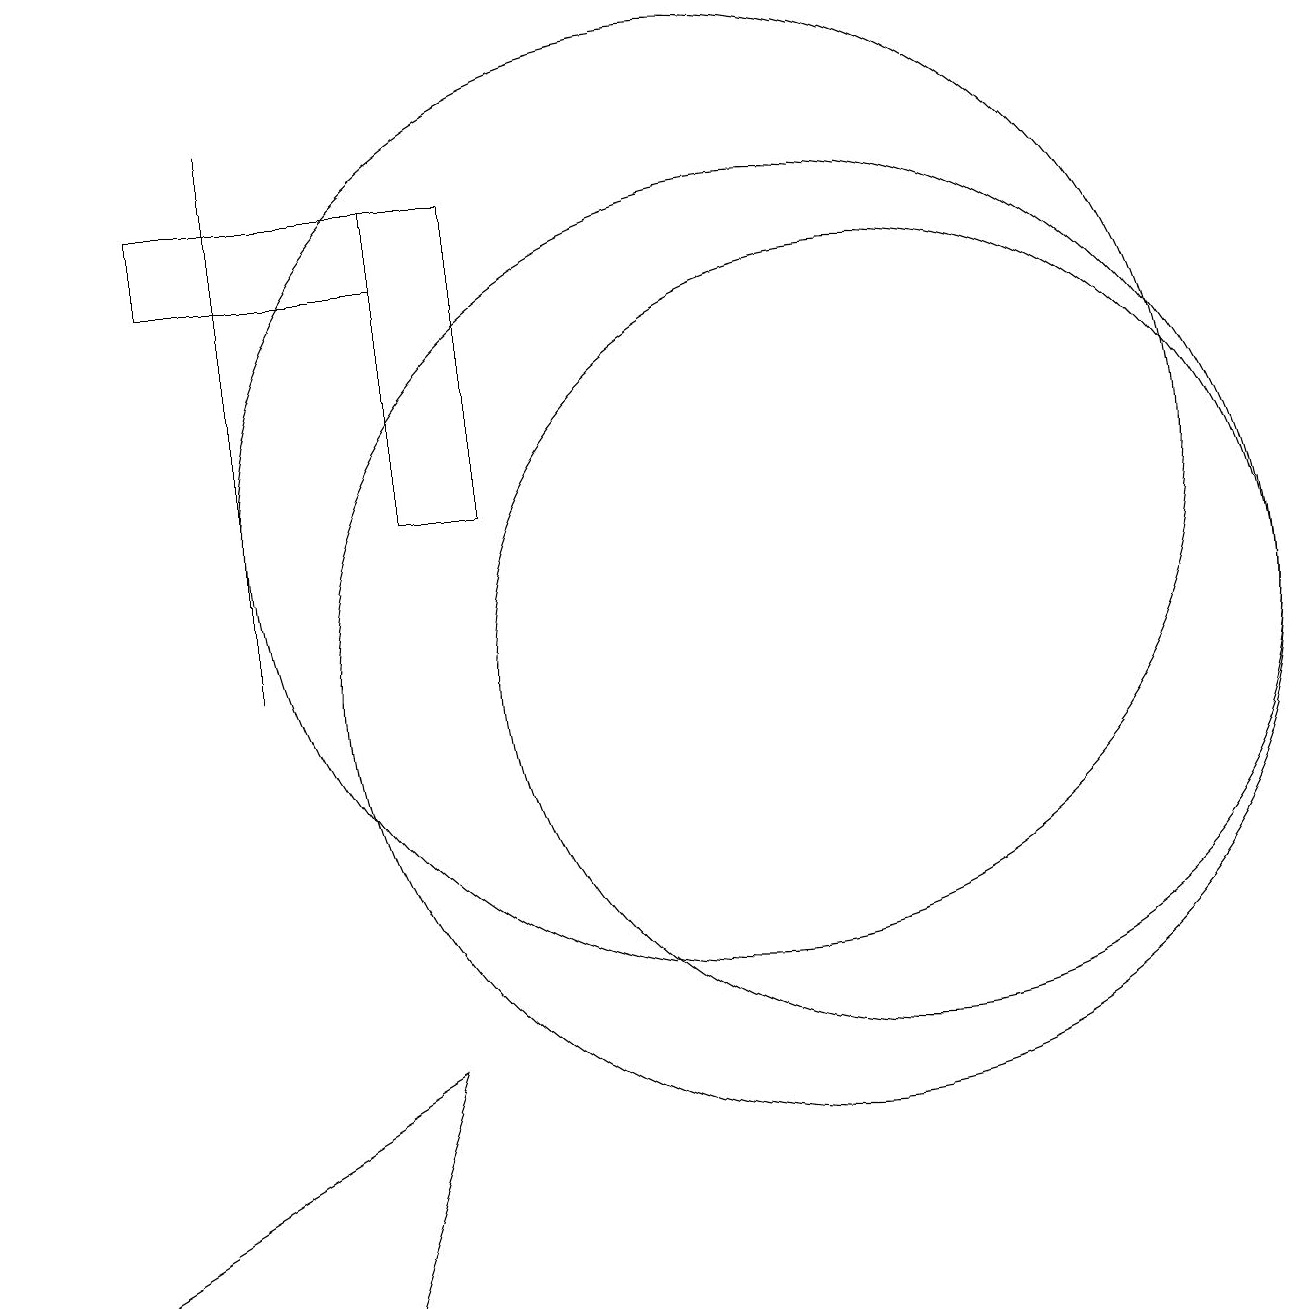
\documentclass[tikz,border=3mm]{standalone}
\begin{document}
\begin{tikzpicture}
\draw (6,16) rectangle (3,15);
\draw (7,16) rectangle (6,12);
\draw (1,2) -- (5,2) -- (6,5) -- cycle;
\draw (1,2) -- (3,2) -- (4,2) -- cycle;
\draw (12,10) circle (5);
\draw (11,10) circle (6);
\draw (10,12) circle (6);
\draw (4,17) rectangle (4,10);
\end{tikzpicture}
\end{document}